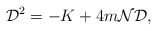
\begin{align*}{\cal D}^2=-K+4m{\cal N}{\cal D},\end{align*}